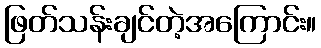
ဖြတ်သန်းချင်တဲ့အကြောင်း။